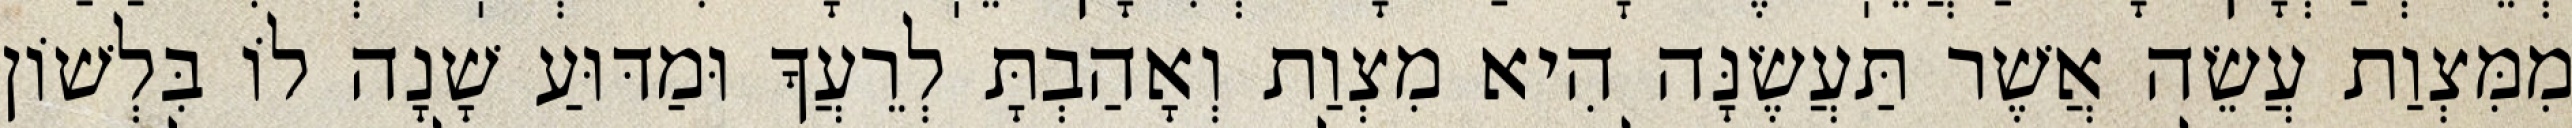
מִמִּצְוַת עֲשֵׂה אֲשֶׁר תַּעֲשֶׂנָּה הִיא מִצְוַת וְאָהַבְתָּ לְרֵעֲךָ וּמַדּוּעַ שָׁנָה לוֹ בִּלְשׁוֹן